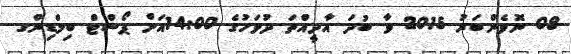
08 ނޮވެންބަރު 2015 ވާ ބުދަ އާދީއްތަ ދުވަހުގެ 14:00އަށް ޕޯސްޓް ބިލްޑިންގ